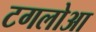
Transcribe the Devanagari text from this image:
टगलोआ